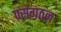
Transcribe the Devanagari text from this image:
फ्संगठन